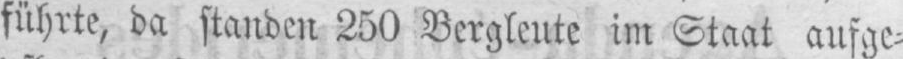
führte, da stauden 250 Bergleute im Staat aufge⸗